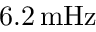
6 . 2 \, \mathrm { m H z }